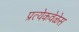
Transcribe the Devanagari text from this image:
प्रत्येकवेळेस